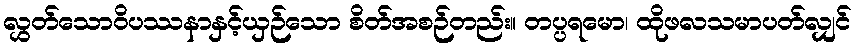
လွှတ်သောဝိပဿနာနှင့်ယှဉ်သော စိတ်အစဉ်တည်း။ တပ္ပရမော၊ ထိုဖလသမာပတ်လျှင်